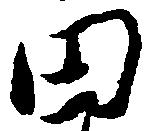
田